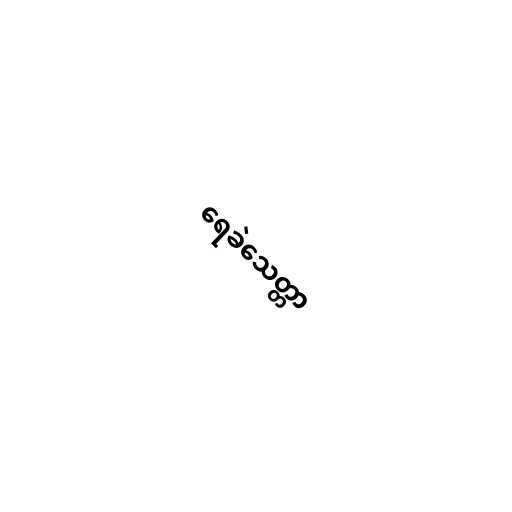
ရေခဲသေတ္တာ